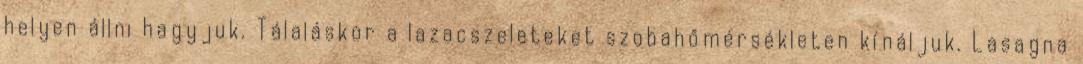
helyen állni hagyjuk. Tálaláskor a lazacszeleteket szobahőmérsékleten kínáljuk. Lasagna